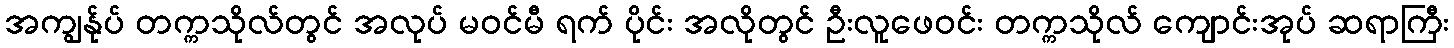
အကျွန်ုပ် တက္ကသိုလ်တွင် အလုပ် မဝင်မီ ရက် ပိုင်း အလိုတွင် ဦးလူဖေဝင်း တက္ကသိုလ် ကျောင်းအုပ် ဆရာကြီး